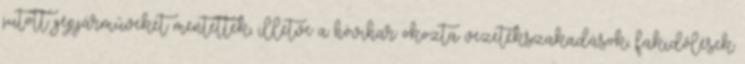
jutott gépjárműveket mentettek, illetve a hóvihar okozta vezetékszakadások, fakidőlések